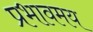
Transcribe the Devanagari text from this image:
प्रभावमय